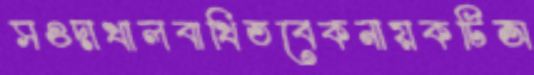
সওদাখালবাখিতবেকনায়কটিঅ